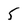
Character: 5